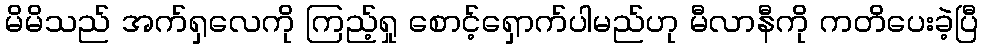
မိမိသည် အက်ရှလေကို ကြည့်ရှု စောင့်ရှောက်ပါမည်ဟု မီလာနီကို ကတိပေးခဲ့ပြီ